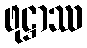
ဖုဋ္ဌာဿ